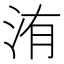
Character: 洧